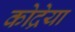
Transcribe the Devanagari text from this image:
कोद्रेया